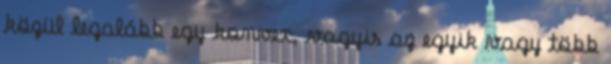
közül legalább egy konvex, vagyis az egyik vagy több